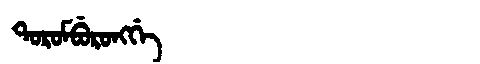
Manchu: ᡨᠣᡵᠣᠮᠪᡠᡵᠣᠩᡤᡝ
Romanization: TOROMBURONGGE